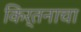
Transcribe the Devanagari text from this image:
किर्तनाचा